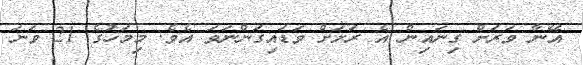
އޭނާ ވަރަށް ގިނައިން އެ ރަށަށް ވަޑައިގަންނަވަ އެވެ. މިމަހުގެ 21 ވަނަ